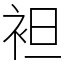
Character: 袒